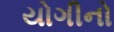
યોગીનો